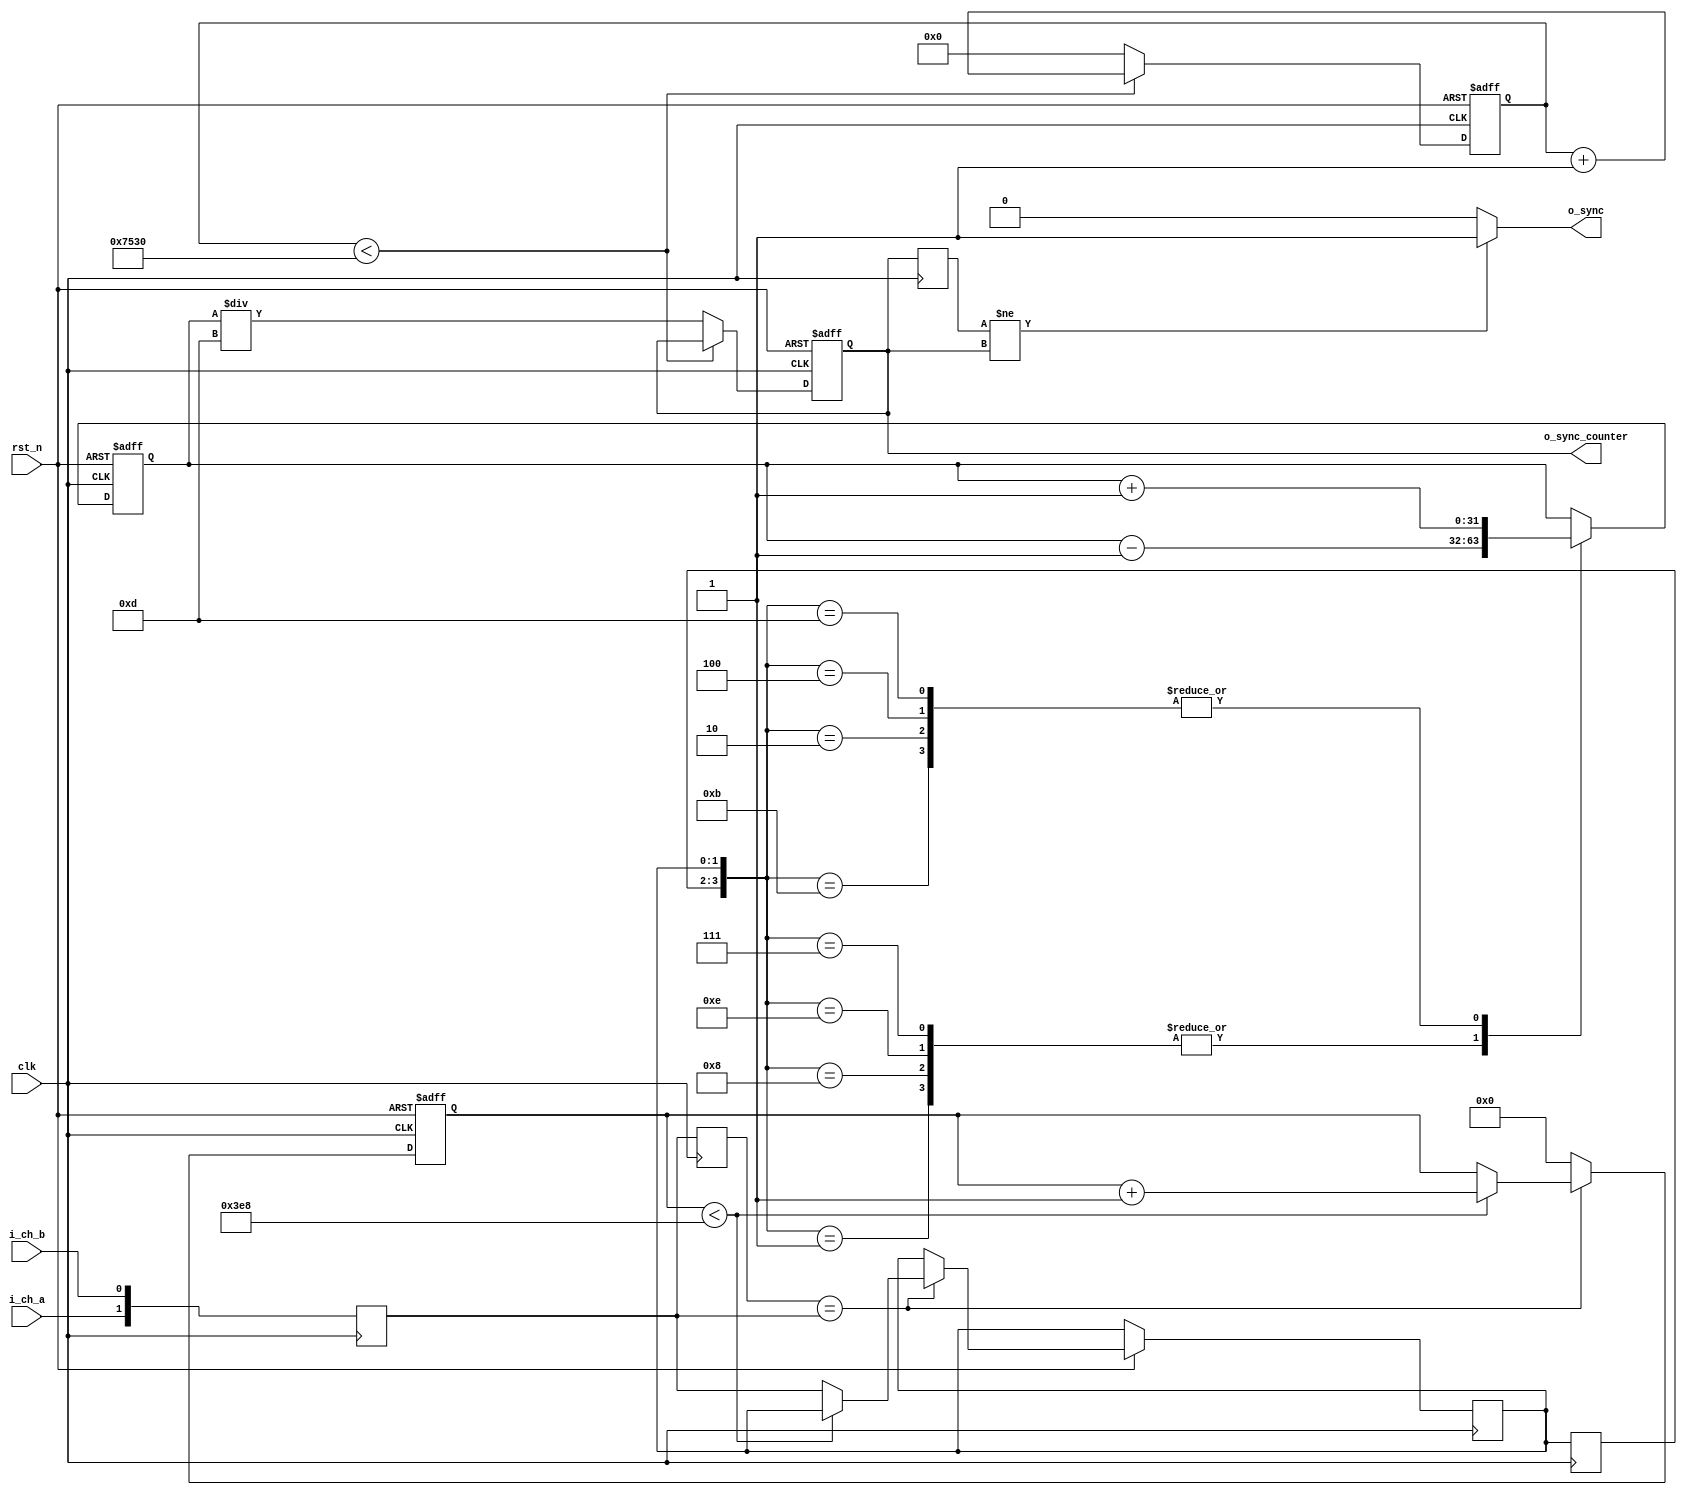
module ext_sync(
	input					rst_n,
	input					clk,
	
	input					i_ch_a,
	input					i_ch_b,
	
	output				o_sync,
	output	[31:0]	o_sync_counter
);

reg			[1:0]			in_dp;
always @ (posedge clk) in_dp <= {i_ch_a, i_ch_b};

reg			[1:0]			unjit_dp;
reg			[15:0]		unjit_cntr;

always @ (posedge clk) unjit_dp <= in_dp;

always @ (posedge clk or negedge rst_n)
	if(~rst_n)
		unjit_cntr <= 16'd0;
	else
		if(unjit_dp == in_dp) begin
			if(unjit_cntr < 16'd1000)
				unjit_cntr <= unjit_cntr + 16'd1;
			else
				dp <= in_dp;
		end
		else
			unjit_cntr <= 16'd0;
	
reg			[1:0]			dp;
reg			[1:0]			prev_dp;

always @ (posedge clk) prev_dp <= dp;

reg			[31:0]		tmp_sync_cntr;

always @ (posedge clk or negedge rst_n)
	if(~rst_n)
		tmp_sync_cntr <= 32'd0;
	else
		case({prev_dp, dp})
			4'b0111, 
			4'b1110, 
			4'b1000, 
			4'b0001: 
				tmp_sync_cntr <= tmp_sync_cntr - 32'd1;
			
			4'b1101,
			4'b0100,
			4'b0010,
			4'b1011:
				tmp_sync_cntr <= tmp_sync_cntr + 32'd1;
		endcase
		
reg			[16:0]		freq_div;
reg			[31:0]		sync_cntr;
always @ (posedge clk or negedge rst_n)
	if(~rst_n) begin
		freq_div <= 17'd0;
		sync_cntr <= 32'd0;
	end
	else
		if(freq_div < 17'd30000)
			freq_div <= freq_div + 17'd1;
		else begin
			sync_cntr <= tmp_sync_cntr / 4'd13;
			freq_div <= 17'd0;
		end

reg			[31:0]			prev_sync_cntr;
always @ (posedge clk) prev_sync_cntr <= sync_cntr;

assign o_sync = prev_sync_cntr != sync_cntr ? 1'b1 : 1'b0;

assign o_sync_counter = sync_cntr;

endmodule